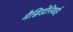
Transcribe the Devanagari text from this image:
मैसिडोनियाईः